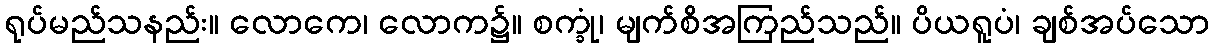
ရုပ်မည်သနည်း။ လောကေ၊ လောက၌။ စက္ခုံ၊ မျက်စိအကြည်သည်။ ပိယရူပံ၊ ချစ်အပ်သော